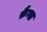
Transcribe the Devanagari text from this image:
फ़ैन्स